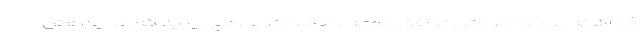
گذاشته بود و اگر متن توافق دوحه را نگاه كنيد، مي‌بينيد كه در اين متن